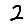
Digit: 2